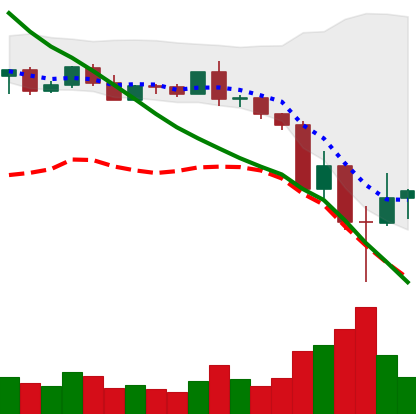
Ticker: BNB-USD
Chart end date: 2022-05-14
Forward return: 3.162%
Label: up_3_5